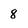
Character: 8